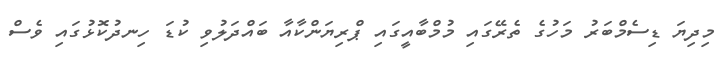
މިދިޔަ ޑިސެމްބަރު މަހުގެ ތެރޭގައި މުމްބާއީގައި ޕްރިޔަންކާއާ ބައްދަލުވި ކުޑަ ހިނދުކޮޅުގައި ވެސް